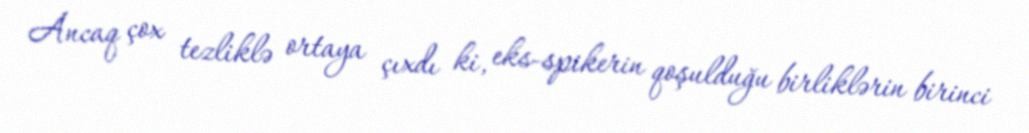
Ancaq çox tezliklə ortaya çıxdı ki, eks-spikerin qoşulduğu birliklərin birinci